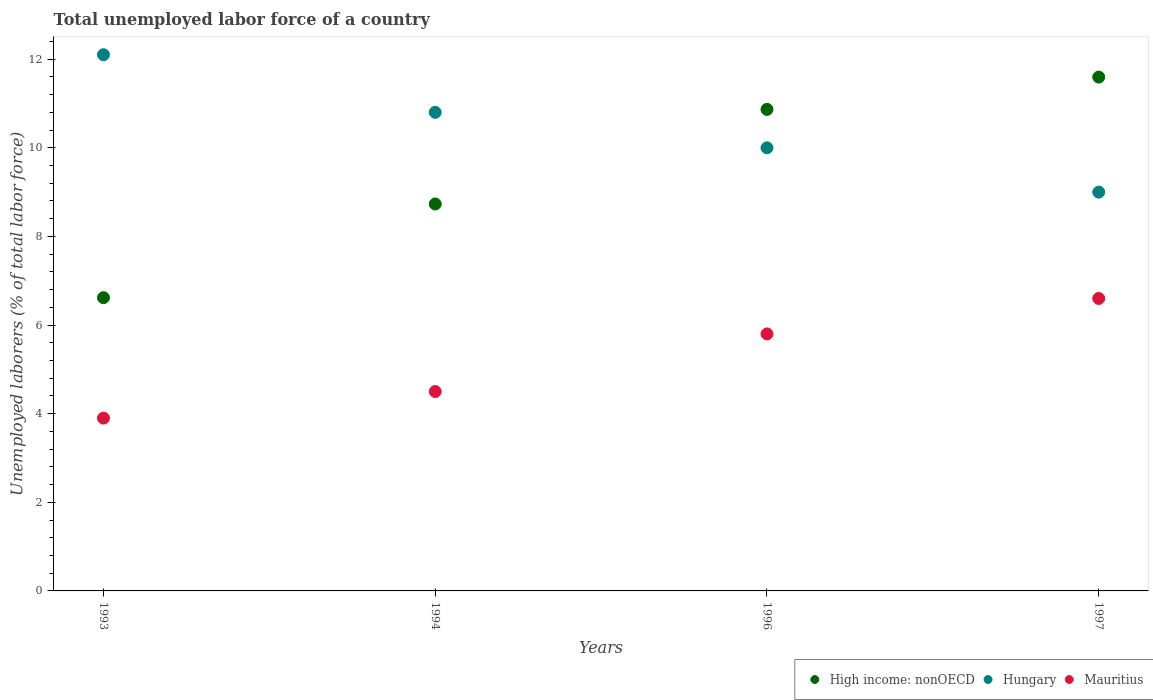
| Years | High income: nonOECD | Hungary | Mauritius |
 | --- | --- | --- | --- |
 | 1993 | 6.62 | 12.1 | 3.9 |
 | 1994 | 8.73 | 10.8 | 4.5 |
 | 1996 | 10.9 | 10 | 5.8 |
 | 1997 | 11.6 | 9 | 6.6 |